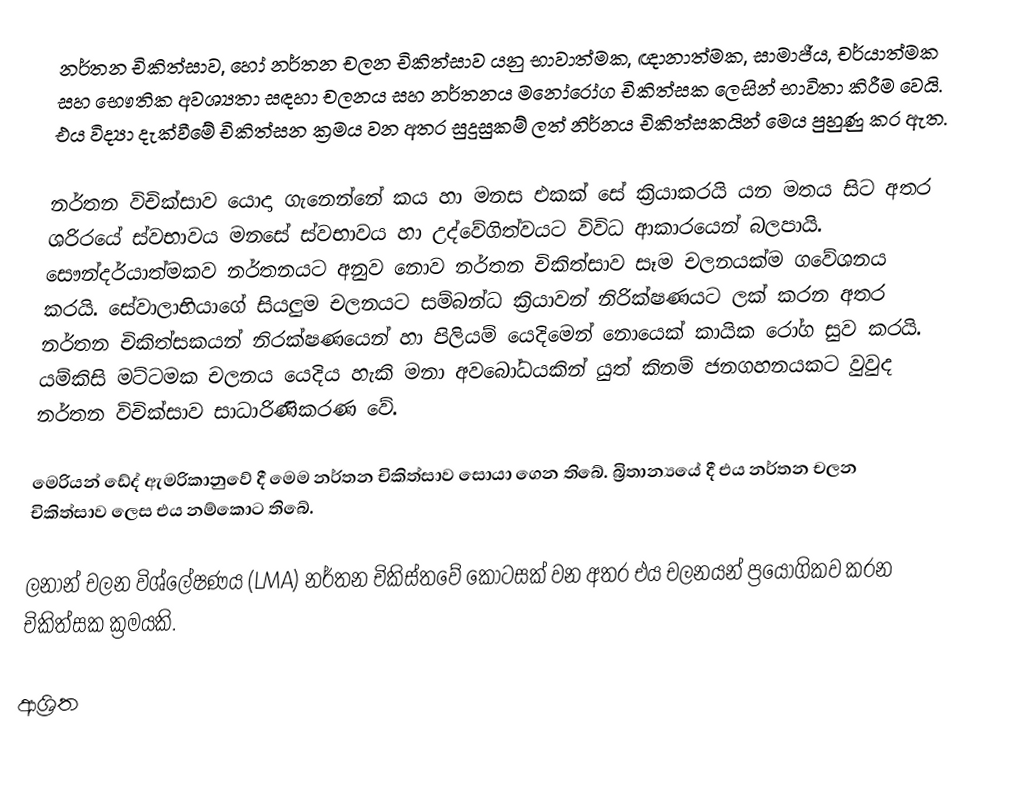
නර්තන චිකිත්සාව, හෝ  නර්තන චලන චිකිත්සාව යනු භාවාත්මක, ඥානාත්මක, සාමාජීය, චර්යාත්මක සහ  භෞතික අවශ්‍යතා සඳහා චලනය සහ නර්තනය   මනෝරෝග චිකිත්සක ලෙසින් භාවිතා කිරීම වෙයි. එය විද්‍යා දැක්වීමේ චිකිත්සන ක්‍රමය වන අතර සුදුසුකම් ලත් නිර්නය  චිකිත්සකයින් මෙය පුහුණු කර ඇත.

නර්තන විචික්සාව යොදා ගැනෙන්නේ කය හා මනස එකක් සේ ක්‍රියාකරයි යන මතය සිට අතර ශරිරයේ ස්වභාවය මනසේ ස්වභාවය හා උද්වේගිත්වයට විවිධ ආකාරයෙන් බලපායි. සෞන්දර්යාත්මකව නර්තනයට අනුව නොව නර්තන චිකිත්සාව සෑම චලනයක්ම ගවේශනය කරයි. සේවාලාභියාගේ සියලුම චලනයට සම්බන්ධ ක්‍රියාවන් නිරික්ෂණයට ලක් කරන අතර නර්තන චිකිත්සකයන් නිරක්ෂණයෙන් හා පිලියම් යෙදිමෙන් නොයෙක් කායික රෝග සුව කරයි. යම්කිසි මට්ටමක චලනය යෙදිය හැකි මනා අවබෝධයකින් යුත් කිනම් ජනගහනයකට වුවුද නර්තන විචික්සාව සාධාරිණිකරණ වේ.

මෙරියන් ඩේද් ඇමරිකානුවේ දී මෙම නර්තන චිකිත්සාව සොයා ගෙන තිබේ. බ්‍රිතාන්‍යයේ දී එය නර්තන චලන චිකිත්සාව ලෙස එය නම්කොට තිබේ.

ලනාන් චලන වි‍ශ්ලේෂණය (LMA) නර්තන චිකිස්තවේ කොටසක් වන අතර එය චලනයන් ප්‍රයෝගිකව කරන චිකිත්සක ක්‍රමයකි.

ආශ්‍රිත